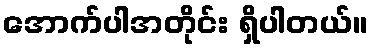
အောက်ပါအတိုင်း ရှိပါတယ်။